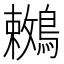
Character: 𪅙